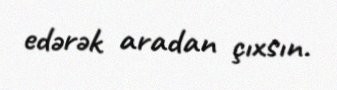
edərək aradan çıxsın.